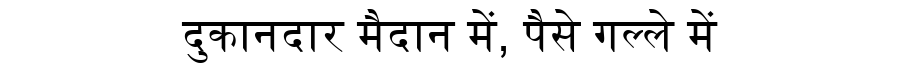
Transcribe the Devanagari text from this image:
दुकानदार मैदान में, पैसे गल्ले में